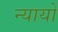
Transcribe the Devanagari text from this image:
न्यायो